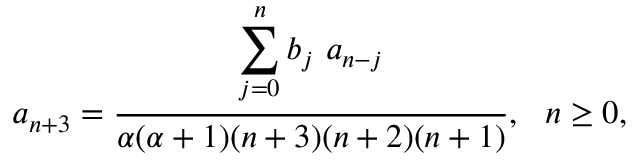
a _ { n + 3 } = \frac { \displaystyle \sum _ { j = 0 } ^ { n } b _ { j } ~ a _ { n - j } } { \alpha ( \alpha + 1 ) ( n + 3 ) ( n + 2 ) ( n + 1 ) } , ~ ~ n \ge 0 ,